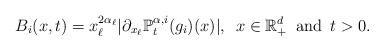
LaTeX: \begin{align*}B_i(x,t)&=x_\ell^{2\alpha_\ell}|\partial_{x_\ell}\mathbb{P}_t^{\alpha,i}(g_i)(x)|,\,\,\,x\in\mathbb{R}_+^d\,\,\, \mathrm{and} \,\,\,t>0.\end{align*}